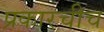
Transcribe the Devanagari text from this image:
प्रकारचीच